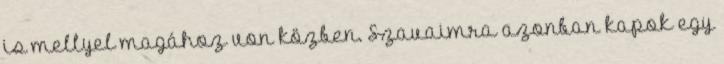
is mellyel magához von közben. Szavaimra azonban kapok egy